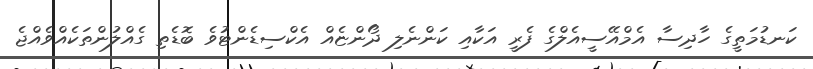
ކަނޑުމަތީގެ ހާދިސާ އެމްއޭސީއެލްގެ ފެރީ އަކާއި ކަންނެލި ދޯންޏެއް އެކްސިޑެންޓުވެ ބޮޑެތި ގެއްލުންތަކެއްވެއްޖެ